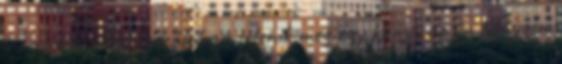
nagyobb példányszámban jelenik meg egy könyv az én könyvem